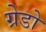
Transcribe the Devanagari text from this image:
ग्रेडो